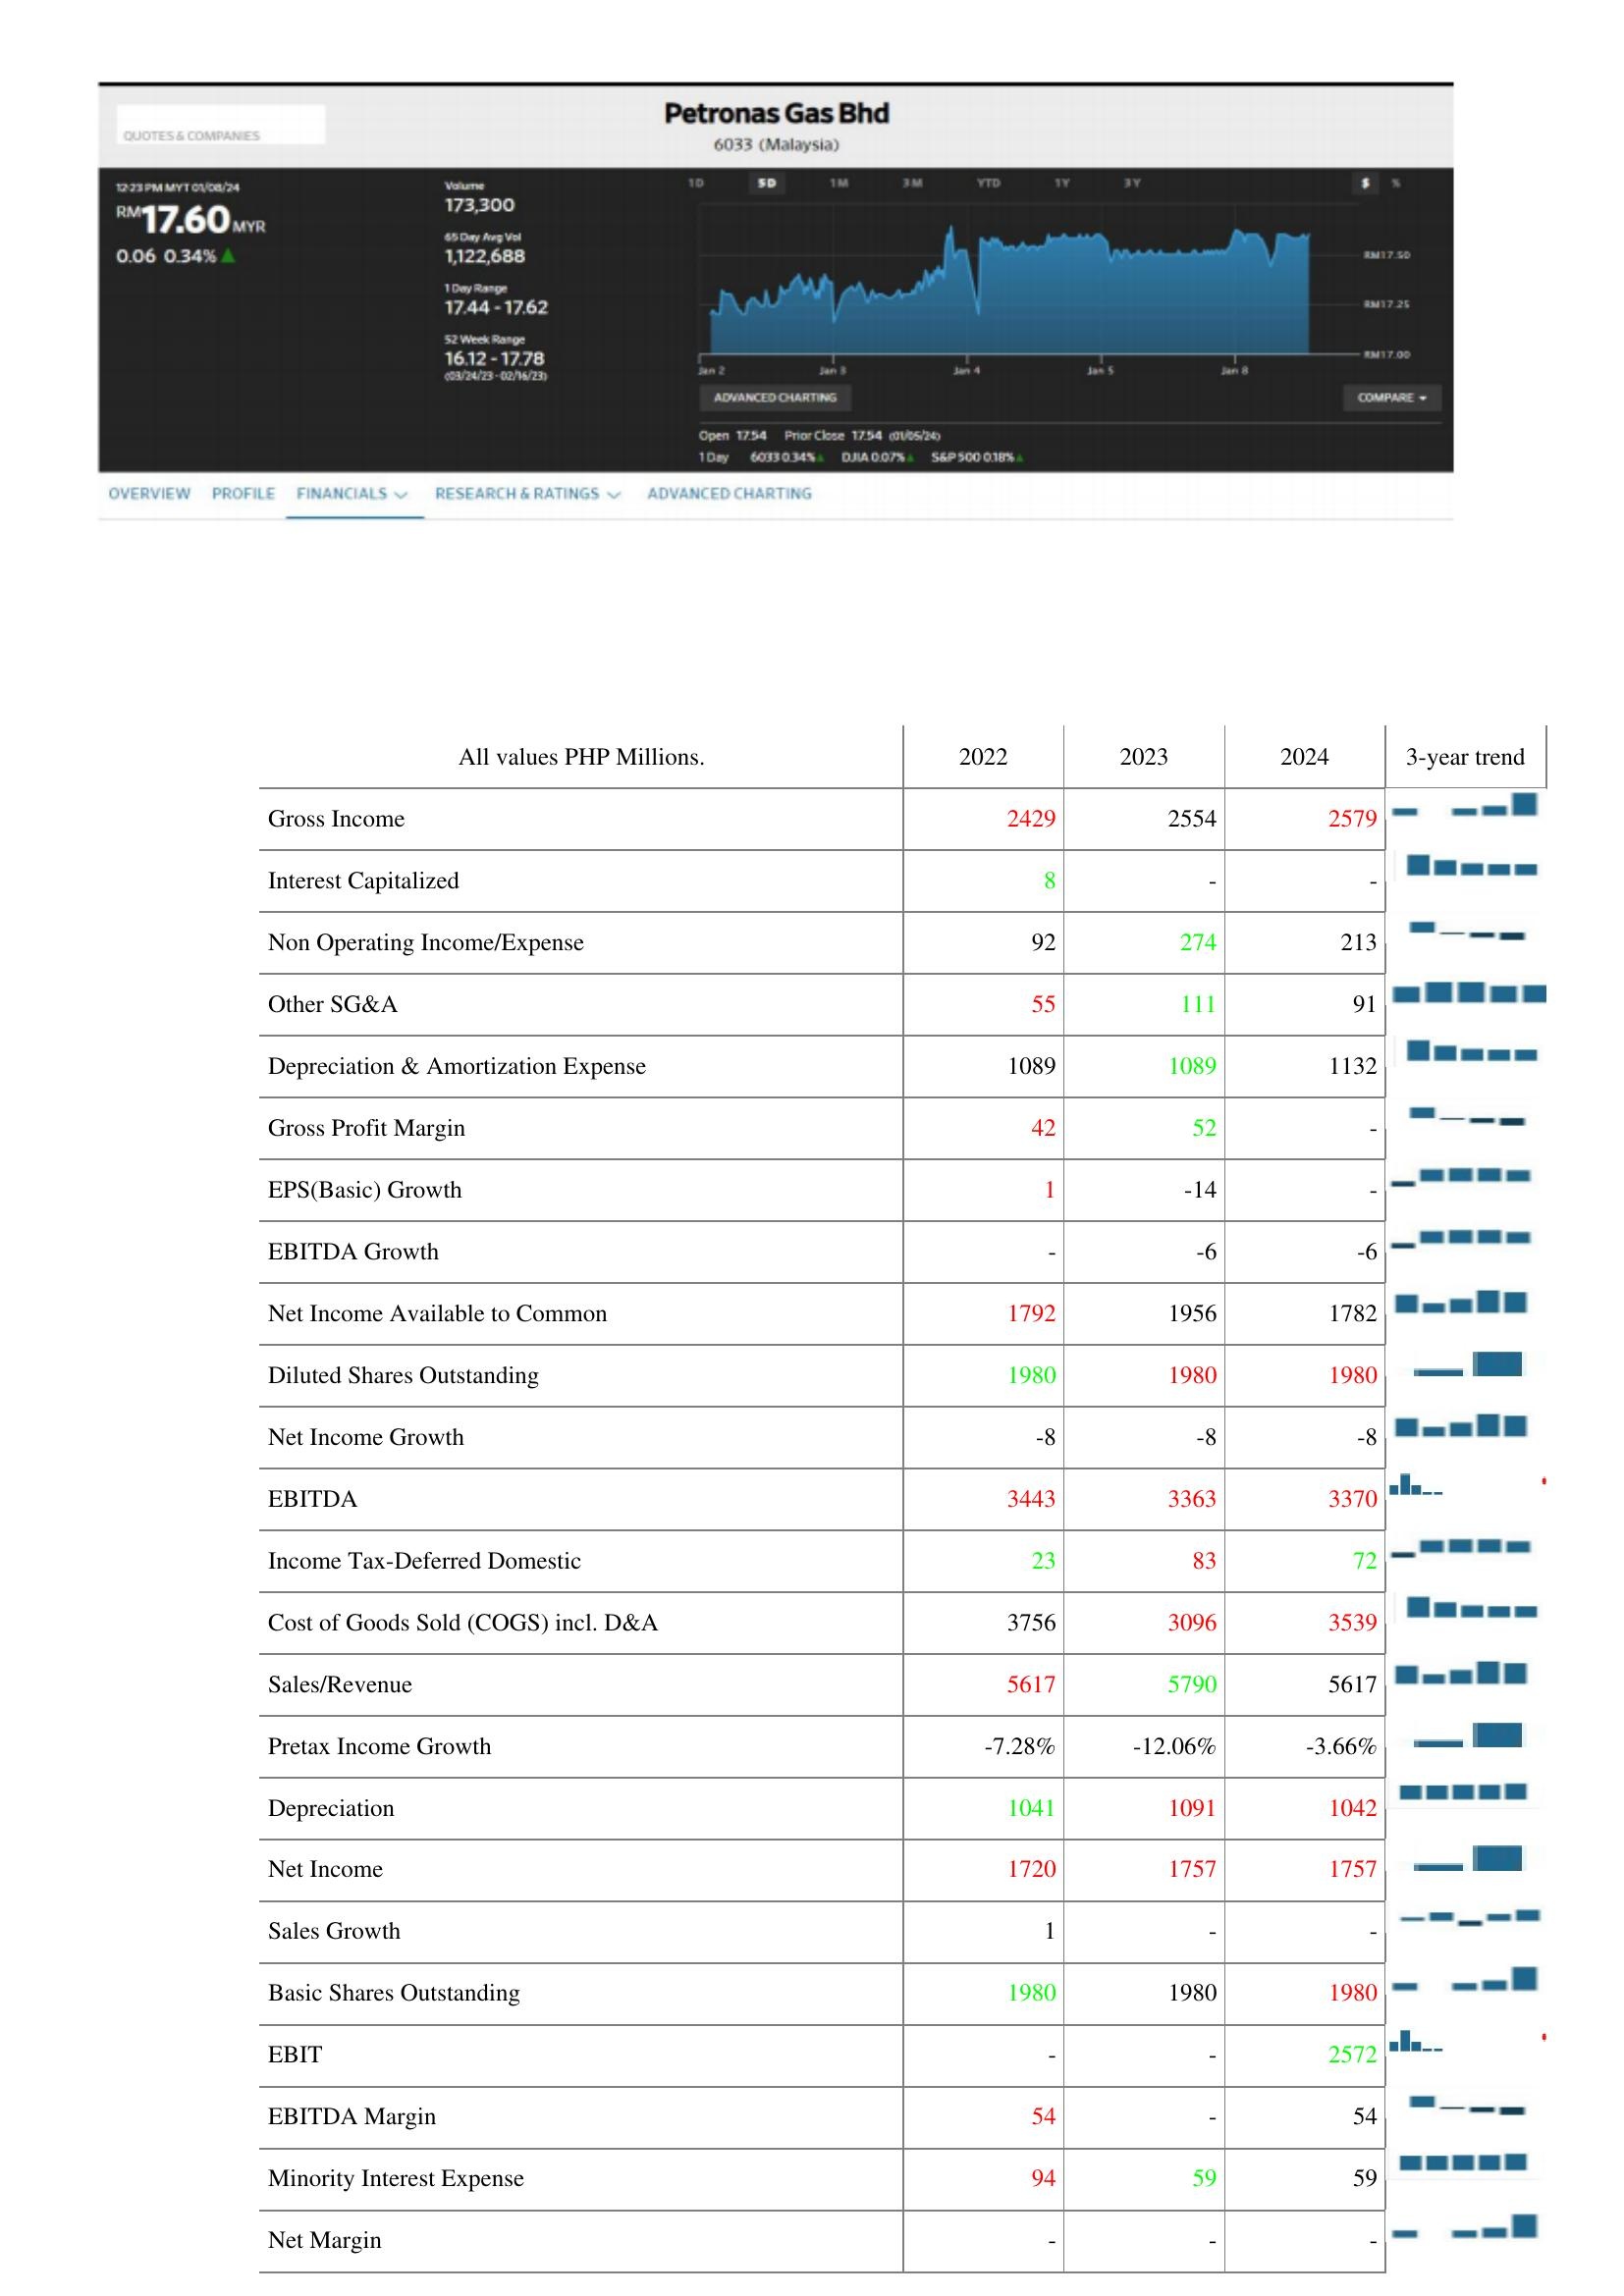
2022: : Gross Income: 2429
Interest Capitalized: 8
Non Operating Income/Expense: 92
Other SG&A: 55
Depreciation & Amortization Expense: 1089
Gross Profit Margin: 42
EPS(Basic) Growth: 1
EBITDA Growth: -
Net Income Available to Common: 1792
Diluted Shares Outstanding: 1980
Net Income Growth: -8
EBITDA: 3443
Income Tax-Deferred Domestic: 23
Cost of Goods Sold (COGS) incl. D&A: 3756
Sales/Revenue: 5617
Pretax Income Growth: -7.28%
Depreciation: 1041
Net Income: 1720
Sales Growth: 1
Basic Shares Outstanding: 1980
EBIT: -
EBITDA Margin: 54
Minority Interest Expense: 94
Net Margin: -
2023: : Gross Income: 2554
Interest Capitalized: -
Non Operating Income/Expense: 274
Other SG&A: 111
Depreciation & Amortization Expense: 1089
Gross Profit Margin: 52
EPS(Basic) Growth: -14
EBITDA Growth: -6
Net Income Available to Common: 1956
Diluted Shares Outstanding: 1980
Net Income Growth: -8
EBITDA: 3363
Income Tax-Deferred Domestic: 83
Cost of Goods Sold (COGS) incl. D&A: 3096
Sales/Revenue: 5790
Pretax Income Growth: -12.06%
Depreciation: 1091
Net Income: 1757
Sales Growth: -
Basic Shares Outstanding: 1980
EBIT: -
EBITDA Margin: -
Minority Interest Expense: 59
Net Margin: -
2024: : Gross Income: 2579
Interest Capitalized: -
Non Operating Income/Expense: 213
Other SG&A: 91
Depreciation & Amortization Expense: 1132
Gross Profit Margin: -
EPS(Basic) Growth: -
EBITDA Growth: -6
Net Income Available to Common: 1782
Diluted Shares Outstanding: 1980
Net Income Growth: -8
EBITDA: 3370
Income Tax-Deferred Domestic: 72
Cost of Goods Sold (COGS) incl. D&A: 3539
Sales/Revenue: 5617
Pretax Income Growth: -3.66%
Depreciation: 1042
Net Income: 1757
Sales Growth: -
Basic Shares Outstanding: 1980
EBIT: 2572
EBITDA Margin: 54
Minority Interest Expense: 59
Net Margin: -